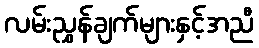
လမ်းညွှန်ချက်များနှင့်အညီ